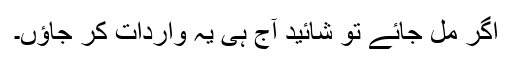
اگر مل جائے تو شائید آج ہی یہ واردات کر جاؤں۔